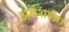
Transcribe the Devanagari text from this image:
अर्थशाखा